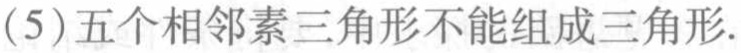
(5)五个相邻素三角形不能组成三角形.